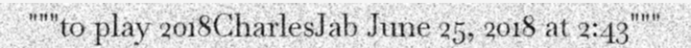
"""to play 2018CharlesJab June 25, 2018 at 2:43"""